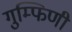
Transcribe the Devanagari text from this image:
गुम्फिणी